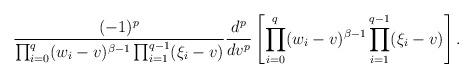
LaTeX: \begin{align*}\frac{(-1)^{p}}{\prod_{i=0}^q (w_i-v)^{\beta-1}\prod_{i=1}^{q-1} (\xi_i-v)}\frac{d^p}{dv^p} \left[ \prod_{i=0}^q (w_i-v)^{\beta-1}\prod_{i=1}^{q-1} (\xi_i-v) \right] .\end{align*}